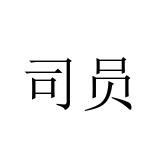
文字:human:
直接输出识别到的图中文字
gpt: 司员